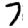
Digit: 7